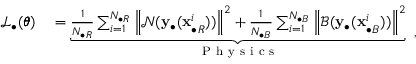
\begin{array} { r l } { \mathcal { L } _ { \bullet } ( \pmb { \theta } ) } & { { } = \underbrace { \frac { 1 } { N _ { \bullet R } } \sum _ { i = 1 } ^ { N _ { \bullet R } } { \left\| \mathcal { N } ( \mathbf { y } _ { \bullet } ( \mathbf { x } _ { \bullet R } ^ { i } ) ) \right\| ^ { 2 } } + \frac { 1 } { N _ { \bullet B } } \sum _ { i = 1 } ^ { N _ { \bullet B } } { \left\| \mathcal { B } ( \mathbf { y } _ { \bullet } ( \mathbf { x } _ { \bullet B } ^ { i } ) ) \right\| ^ { 2 } } } _ { \mathrm { ~ P ~ h ~ y ~ s ~ i ~ c ~ s ~ } } } \end{array} ,